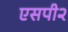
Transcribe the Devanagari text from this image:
एसपी२